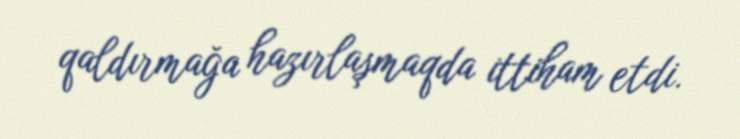
qaldırmağa hazırlaşmaqda ittiham etdi.